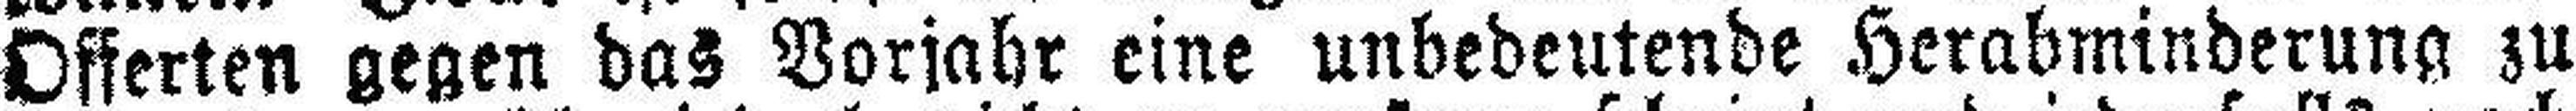
Offerten gegen das Vorjahr eine unbedeutende Herabminderung zu